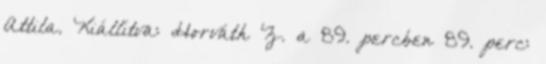
Attila. Kiállítva: Horváth Z. a 89. percben 89. perc: